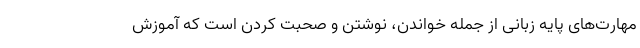
مهارت‌های پایه زبانی از جمله‌ خواندن، نوشتن و صحبت کردن است که آموزش